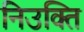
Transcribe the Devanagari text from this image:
निउक्ति